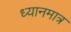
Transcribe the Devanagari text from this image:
ध्यानमात्र